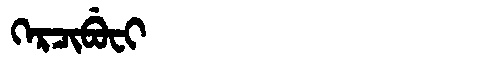
Manchu: ᡴᡝᡵᠴᡳᠪᡠᠸᡳ
Romanization: KERCIBUFI